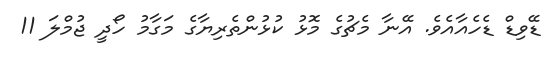
ޑޭވިޑް ޑެހެއާއެވެ. އޭނާ މެޗުގެ މޮޅު ކުޅުންތެރިޔާގެ މަގާމު ހޯދީ ޖުމްލަ 11